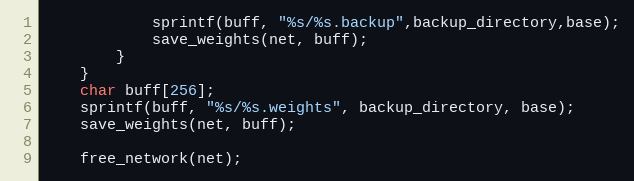
Language: C
            sprintf(buff, "%s/%s.backup",backup_directory,base);
            save_weights(net, buff);
        }
    }
    char buff[256];
    sprintf(buff, "%s/%s.weights", backup_directory, base);
    save_weights(net, buff);

    free_network(net);